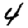
Digit: 4